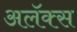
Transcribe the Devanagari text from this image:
अलॅक्स